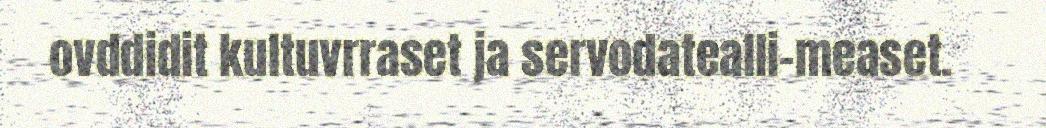
ovddidit kultuvrraset ja servodatealli-measet.